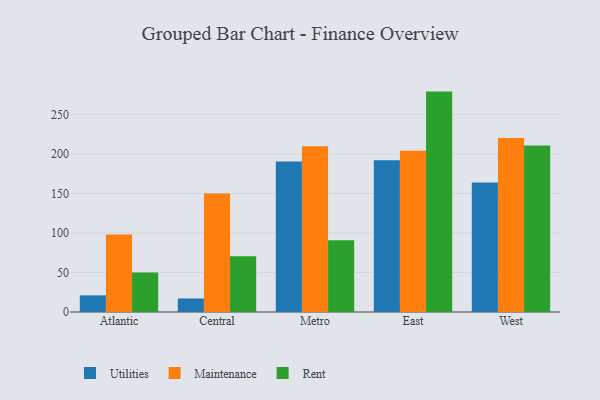
{"axis": {"x": "Region", "y": "Energy Usage (MWh)"}, "legend": ["Maintenance", "Rent", "Utilities"], "data": [{"x": "Atlantic", "y": 21.0, "type": "Utilities"}, {"x": "Atlantic", "y": 98.0, "type": "Maintenance"}, {"x": "Atlantic", "y": 49.9, "type": "Rent"}, {"x": "Central", "y": 17.1, "type": "Utilities"}, {"x": "Central", "y": 150.0, "type": "Maintenance"}, {"x": "Central", "y": 70.7, "type": "Rent"}, {"x": "Metro", "y": 190.5, "type": "Utilities"}, {"x": "Metro", "y": 209.9, "type": "Maintenance"}, {"x": "Metro", "y": 90.7, "type": "Rent"}, {"x": "East", "y": 192.1, "type": "Utilities"}, {"x": "East", "y": 204.0, "type": "Maintenance"}, {"x": "East", "y": 278.9, "type": "Rent"}, {"x": "West", "y": 163.8, "type": "Utilities"}, {"x": "West", "y": 220.2, "type": "Maintenance"}, {"x": "West", "y": 210.6, "type": "Rent"}]}